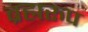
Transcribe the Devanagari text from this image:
ब्रह्मरुप